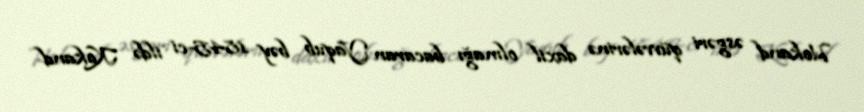
Hokand əsgəri qüvvələrinə daxil olmağı bacaran Yaqub bəy 1845-ci ildə Kokand